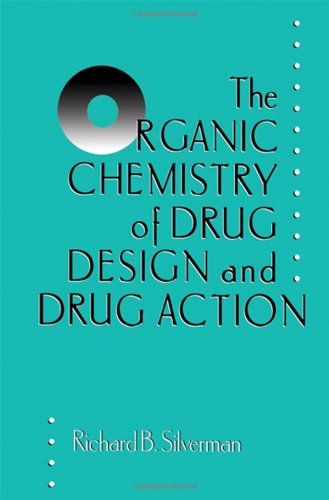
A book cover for The Organic Chemistry of Drug Design and Drug Action; Richard B. Silverman Ph.D Organic Chemistry; Medical Books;